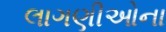
લાગણીઓના